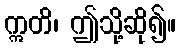
ဣတိ၊ ဤသို့ဆို၍။